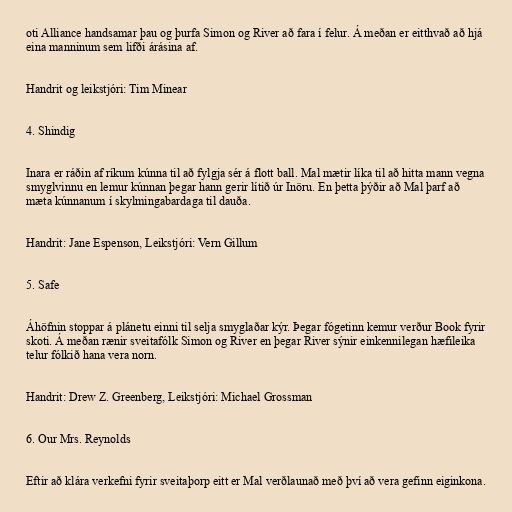
oti Alliance handsamar þau og þurfa Simon og River að fara í felur. Á meðan er eitthvað að hjá
eina manninum sem lifði árásina af.

Handrit og leikstjóri: Tim Minear

4. Shindig

Inara er ráðin af ríkum kúnna til að fylgja sér á flott ball. Mal mætir líka til að hitta mann vegna
smyglvinnu en lemur kúnnan þegar hann gerir lítið úr Inöru. En þetta þýðir að Mal þarf að
mæta kúnnanum í skylmingabardaga til dauða.

Handrit: Jane Espenson, Leikstjóri: Vern Gillum

5. Safe

Áhöfnin stoppar á plánetu einni til selja smyglaðar kýr. Þegar fógetinn kemur verður Book fyrir
skoti. Á meðan rænir sveitafólk Simon og River en þegar River sýnir einkennilegan hæfileika
telur fólkið hana vera norn.

Handrit: Drew Z. Greenberg, Leikstjóri: Michael Grossman

6. Our Mrs. Reynolds

Eftir að klára verkefni fyrir sveitaþorp eitt er Mal verðlaunað með því að vera gefinn eiginkona.